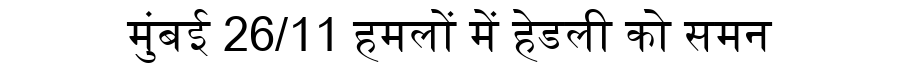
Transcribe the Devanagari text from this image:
मुंबई 26/11 हमलों में हेडली को समन